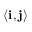
\langle { \bf i } , { \bf j } \rangle